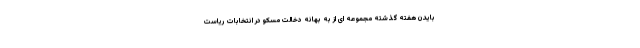
بایدن هفته گذشته مجموعه ای از به بهانه دخالت مسکو در انتخابات ریاست